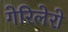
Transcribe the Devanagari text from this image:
गेरिलेरो